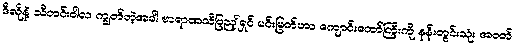
ဒီလိုနဲ့ သီတင်းဝါလ ကျွတ်တဲ့အခါ ဗာရာဏသီပြည့်ရှင် မင်းမြတ်ဟာ ကျောင်းတော်ကြီးကို နန်းတွင်းသုံး အဝတ်